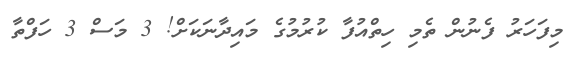
މިފަހަރު ފެނުން ތެމި ހިތްއުފާ ކުރުމުގެ މައިދާނަކަށް! 3 މަސް 3 ހަފްތާ